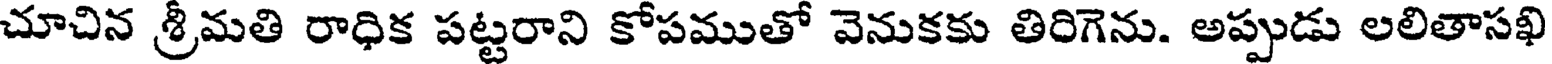
చూచిన శ్రీమతి రాధిక పట్టరాని కోపముతో వెనుకకు తిరిగెను. అప్పుడు లలితాసఖి